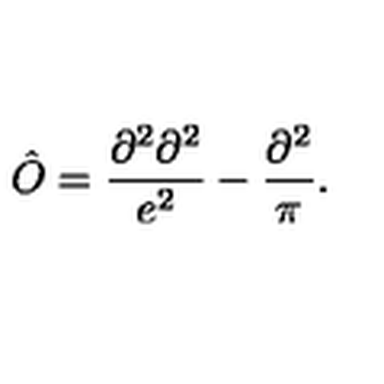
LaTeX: \hat { O } = \frac { \partial ^ { 2 } \partial ^ { 2 } } { e ^ { 2 } } - \frac { \partial ^ { 2 } } { \pi } .